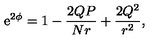
\mathrm { e } ^ { 2 \phi } = 1 - \frac { 2 Q P } { N r } + \frac { 2 Q ^ { 2 } } { r ^ { 2 } } ,